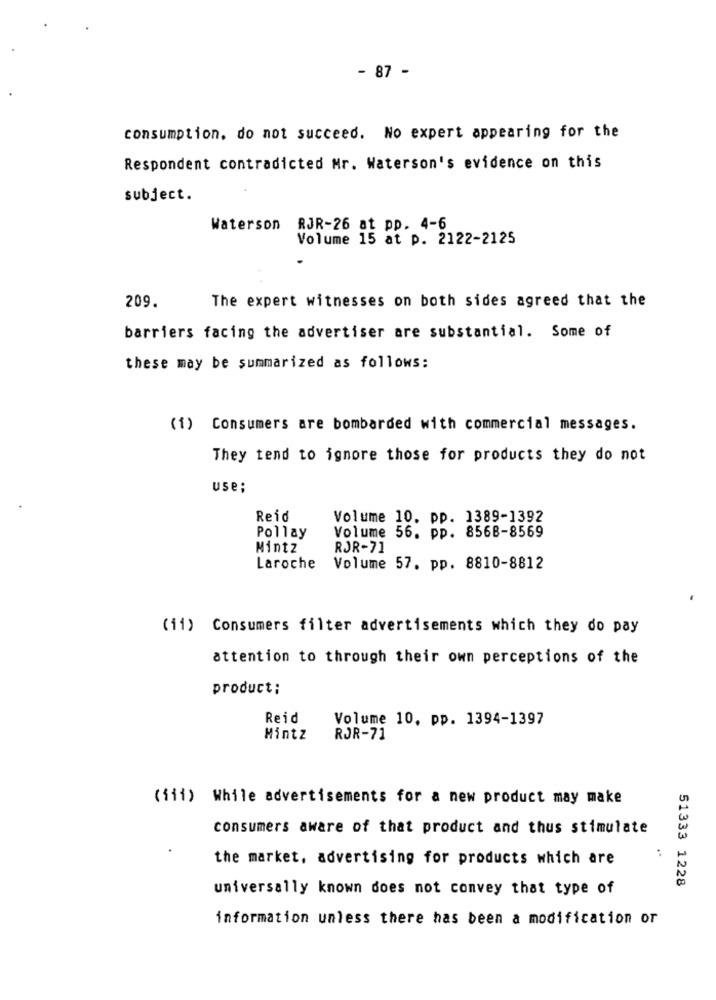
- 87 -
consumption, do not succeed. No expert appearing for the
Respondent contradicted Mr. Waterson's evidence on this
subject.
Waterson RJR-26 at pp. 4-6
Volume 15 at p. 2122-2125
209.
The expert witnesses on both sides agreed that the
barriers facing the advertiser are substantial. Some of
these may be summarized as follows:
(1) Consumers are bombarded with commercial messages.
They tend to ignore those for products they do not
use;
Reid
Volume 10. pp. 1389-1392
Volume 56. pp. 8568-8569
Pollay
Mintz
RJR-71
Laroche
Volume 57. pp. 8810-8812
(ii) Consumers filter advertisements which they do pay
attention to through their own perceptions of the
product;
Reid
Volume 10, pp. 1394-1397
Mintz
ROR-71
(iii) While advertisements for a new product may make
consumers aware of that product and thus stimulate
the market, advertising for products which are
51333 1228
universally known does not convey that type of
information unless there has been a modification or